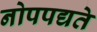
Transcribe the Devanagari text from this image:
नोपपद्यते